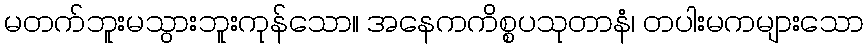
မတက်ဘူးမသွားဘူးကုန်သော။ အနေကကိစ္စပသုတာနံ၊ တပါးမကများသော